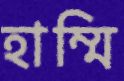
হাম্মি